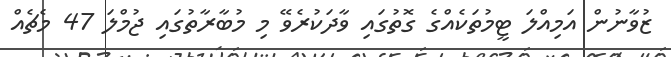
ޒުވާނުން އަމިއްލަ ޓީމުތަކެއްގެ ގޮތުގައި ވާދަކުރެވޭ މި މުބާރާތުގައި ޖުމްލަ 47 މެޗެއް